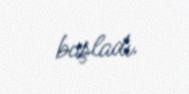
başladı.